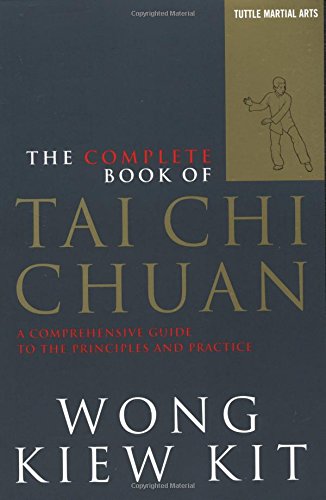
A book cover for The Complete Book of Tai Chi Chuan: A Comprehensive Guide to the Principles and Practice (Tuttle Martial Arts); Wong Kiew Kit; Health, Fitness & Dieting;